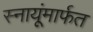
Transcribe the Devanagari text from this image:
स्नायूंमार्फत